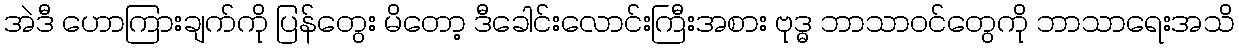
အဲဒီ ဟောကြားချက်ကို ပြန်တွေး မိတော့ ဒီခေါင်းလောင်းကြီးအစား ဗုဒ္ဓ ဘာသာဝင်တွေကို ဘာသာရေးအသိ